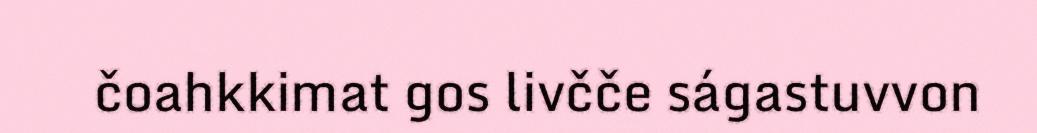
čoahkkimat gos livčče ságastuvvon